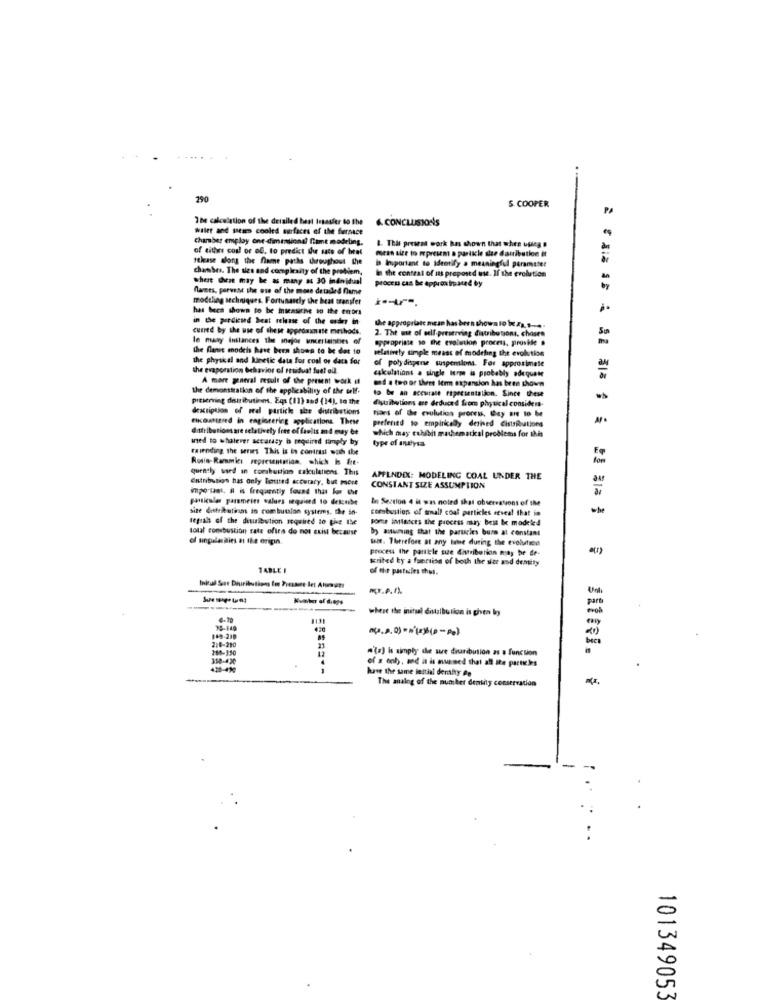
290
S. COOPER
The calculation of the deisiled best Irsasfer to the
& CONCLUSIONS
Wilet and sieim cooled surfaces of the furnace
chamber employ one-dimensional flimt modeling.
1. This present work has shown that when ufleg
of sithrs con! or of, to predict the rate of heat
mein size to mpreum a parikle sie dauribution it
release dons the flame paths throughout the
is Ioportant to identify a meaningful parameter
chamber. The sies and complexity of the problem,
in the contrat of sas proposed use. If the evolution
there bene may be as many s: 30 individual
process can be approxtreated by
flares, parvense the use of the more detailed flame
modthing techniques. Fortunately the heat transfer
has been shown to be insensirie to the errors
in the prediend beat release of the order in
cuned by the use of these approximate methods.
the appropriate mean has been shown 1o Wee za. .....
2. The mit of edf-preserving distributions. chosen
le mary Instances the mejor uncertainties of
appropriate so the evolution process, pruskle .
the flanet mnodeis have been shown to be dat 10
relatively simple messt of modeling the evolution
the physical and kinetic data for coal or data for
the evaporation behavior of ttiduat fuet oll
of poly dispense suspensions. For approximate
calculations a single turm is probably adequate
A more general result of the present work it
od . two or theet Item expansion has been shown
the demonstration of the applicability of the self-
to be an accurate representation. Since these
preserving distribution. Eqs (11) and (14), In the
distributions are deduced frem physical considers-
description of real particle ale distributions
tikcomsized in engineering applications. These
tiars of the evolution prorrss, they are to be
prefered to empirically derived distributions
distributionsare relatively free of faults md may be
which may exhibit mathematical problems for this
used to whatever actamasy is required simply by
type of antysa
raiending the series This is in contrast wut shoe
Rosie-Rammis representation, which is fre-
for
quently used in combustion calculations. This
Entribution has only Touted accuracy, but more
APPENDIX: MODELING COAL UNDER THE
important. il is frequently found tha k
CONSTANT SIZE ASSUMPTION
particular parameine values required to detonbe
In Section 4 it was noted that observations of the
size dettrautinm in combutalon systems, the in-
combustion of small coal particles reveal that in
-
tepraha of the disulbulion required to give the
some instances the process may best Ic modeled
total combustion rate oftes do not exist because
by assuming that the partscles bure at constant
of singalesities at the origin.
Salt. Therefore at any time during the evolution
process the parttele size distribution niny be de-
krited by a function of both the sier and demity
TABLE I
of the pastules thes.
part
where the initial distalbution is ghen by
30-140
149-238
2.0-210
280-350
11
.'(s) is simply the sue diuribution as a function
338-420
of a oh, and it is musned that all Ite particles
420-430
1
have the same lettial density de
The analog of the number density conservation
101349053